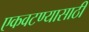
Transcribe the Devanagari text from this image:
एकवटण्यासाठी